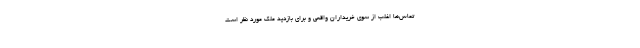
تماس‌ها اغلب از سوی خریداران واقعی و برای بازدید ملک مورد نظر است